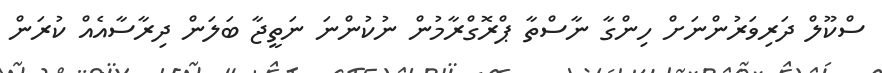
ސްކޫލް ދަރިވަރުންނަށް ހިންގާ ނާސްތާ ޕްރޮގްރާމުން ނުކުންނަ ނަތީޖާ ބަލަން ދިރާސާއެއް ކުރަން